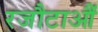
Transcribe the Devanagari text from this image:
रजौटाऔं